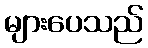
များပေသည်